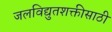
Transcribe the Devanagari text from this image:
जलविद्युतशक्तीसाठी